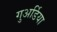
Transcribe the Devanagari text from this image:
गुअर्डिया